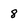
Character: 8